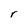
Character: r